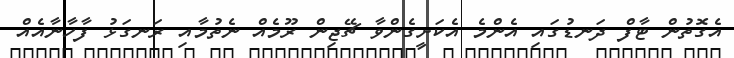
އެގޮތުން ޓާފް ދަނޑުގައި އެންމެ އެކަށީގެންވާ ޗޭޖިން ރޫމެއް ނެތުމާއި ރަނގަޅު ފާހާނާއެއް